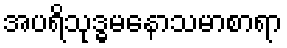
အပရိသုဒ္ဓမနောသမာစာရာ